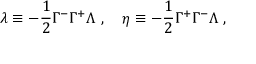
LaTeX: \lambda \equiv - \frac { 1 } { 2 } \Gamma ^ { - } \Gamma ^ { + } \Lambda ~ , ~ ~ ~ \eta \equiv - \frac { 1 } { 2 } \Gamma ^ { + } \Gamma ^ { - } \Lambda ~ ,